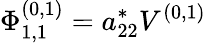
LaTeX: \Phi_{1,1}^{(0,1)}=a_{22}^{*}V^{(0,1)}